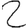
Digit: 2